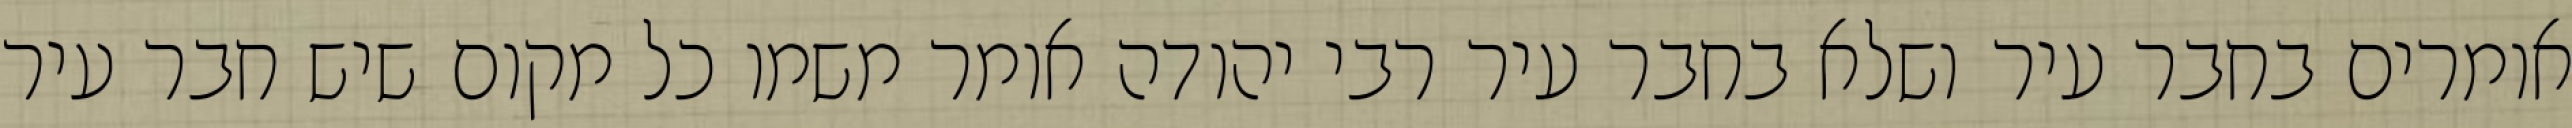
אומרים בחבר עיר ושלא בחבר עיר רבי יהודה אומר משמו כל מקום שיש חבר עיר